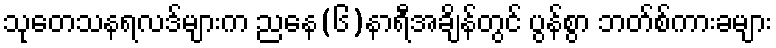
သုတေသနရလဒ်များက ညနေ(၆)နာရီအချိန်တွင် ပွန်စွာ ဘတ်စ်ကားခများ